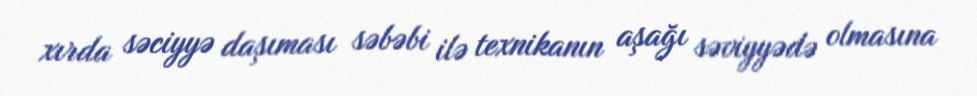
xırda səciyyə daşıması səbəbi ilə texnikanın aşağı səviyyədə olmasına